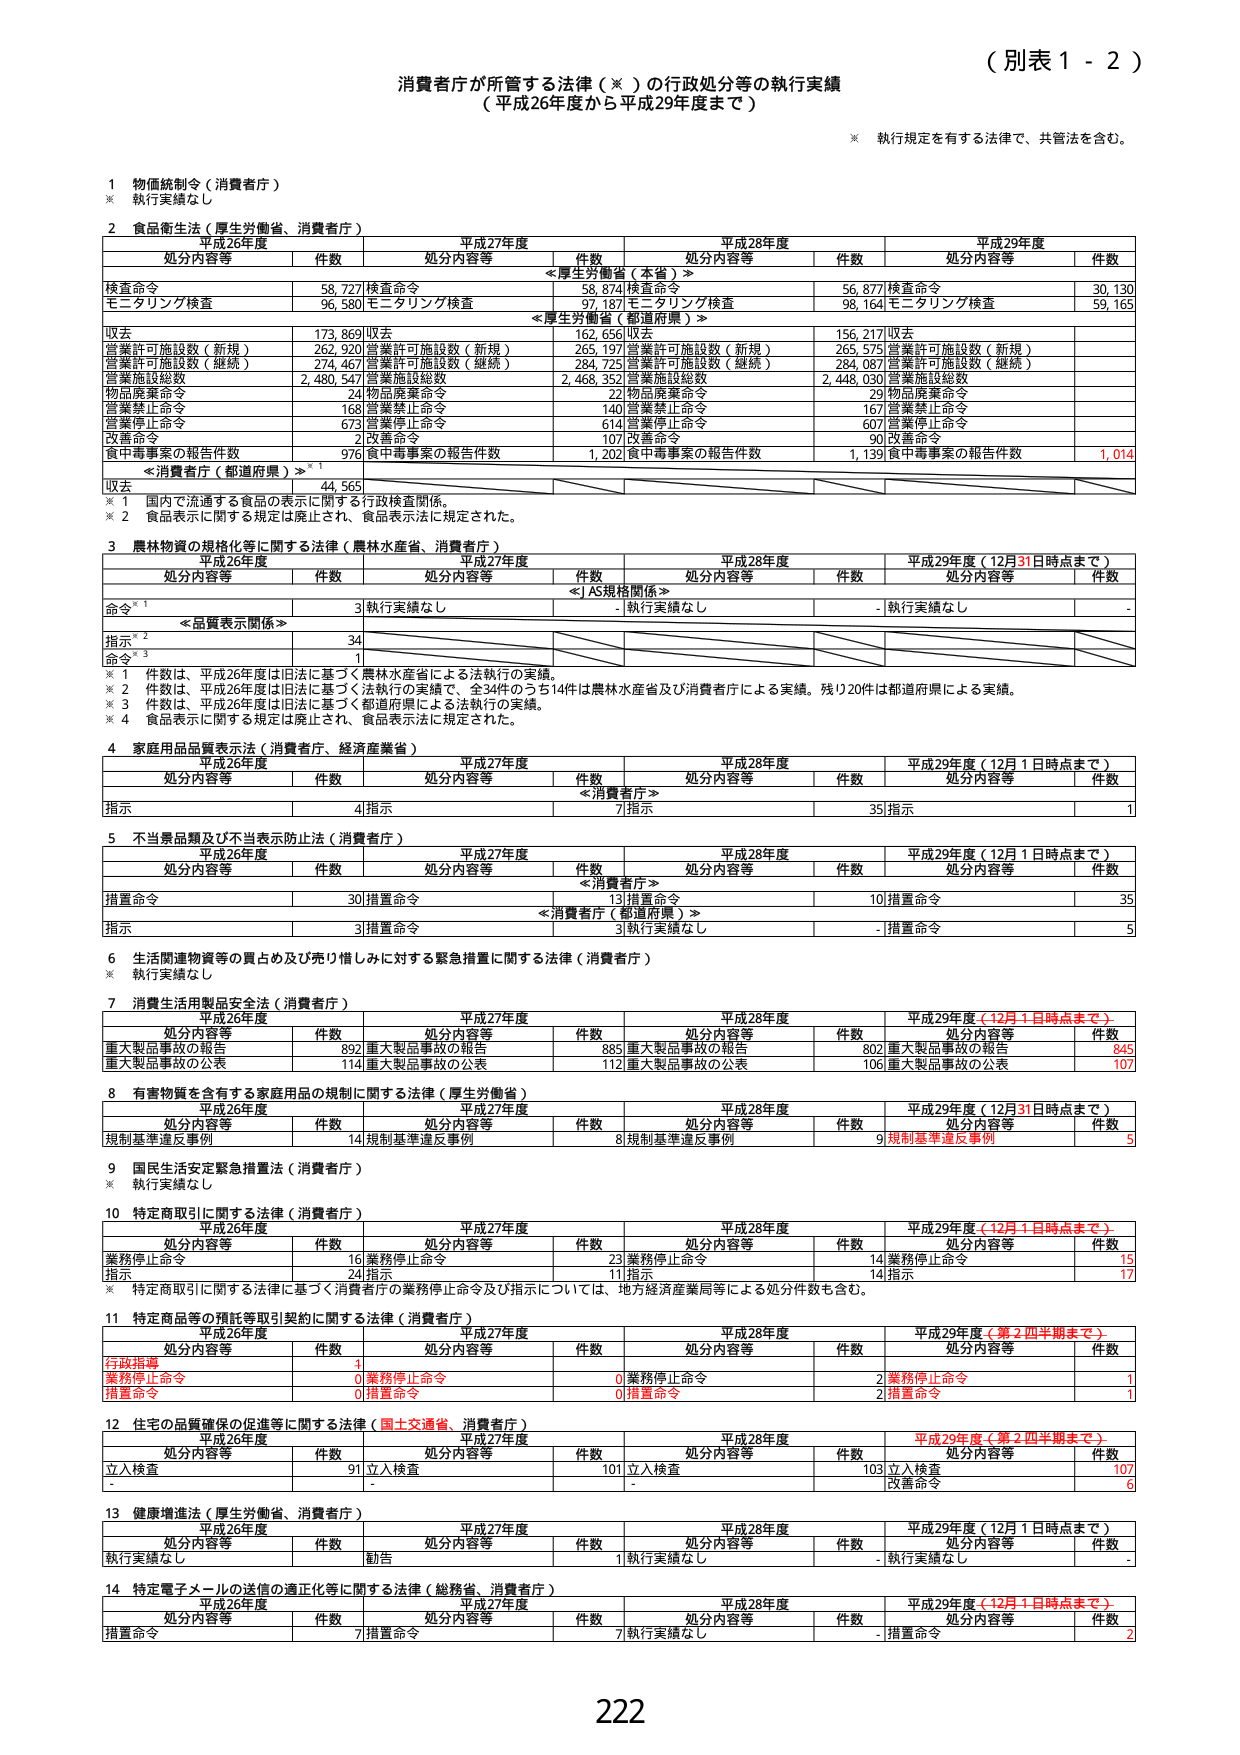
（別表１－２）

消費者庁が所管する法律（※）の行政処分等の執行実績
（平成26年度から平成29年度まで）

※ 執行規定を有する法律で、共管法を含む。

1 物価統制令（消費者庁）
※ 執行実績なし

2 食品衛生法（厚生労働省、消費者庁）
　　平成26年度　　　　　　　平成27年度　　　　　　　平成28年度　　　　　　　平成29年度
　　処分内容等　　件数　　処分内容等　　件数　　処分内容等　　件数　　処分内容等　　件数
　　　　　　　　　　　　　＜厚生労働省（本省）＞
検査命令　　　　　　　58,727 検査命令　　　　　58,874 検査命令　　　　　56,877 検査命令　　　　　30,130
モニタリング検査　　　96,580 モニタリング検査　　　97,187 モニタリング検査　　　98,164 モニタリング検査　　　59,165
　　　　　　　　　　　　　＜厚生労働省（都道府県）＞
収去　　　　　　　　173,869 収去　　　　　　　162,656 収去　　　　　　　156,217 収去　　　　　　　　-
営業許可施設数（新規）　262,920 営業許可施設数（新規）　265,197 営業許可施設数（新規）　265,575 営業許可施設数（新規）　　-
営業許可施設数（継続）　274,467 営業許可施設数（継続）　284,725 営業許可施設数（継続）　284,087 営業許可施設数（継続）　　-
営業施設総数　　　　2,480,547 営業施設総数　　　　2,468,352 営業施設総数　　　　2,448,030 営業施設総数　　　　-
物品廃棄命令　　　　　　24 物品廃棄命令　　　　　　22 物品廃棄命令　　　　　　29 物品廃棄命令　　　　　　-
営業禁止命令　　　　　　168 営業禁止命令　　　　　　140 営業禁止命令　　　　　　167 営業禁止命令　　　　　　-
営業停止命令　　　　　　673 営業停止命令　　　　　　614 営業停止命令　　　　　　607 営業停止命令　　　　　　-
改善命令　　　　　　　　2 改善命令　　　　　　　　107 改善命令　　　　　　　　90 改善命令　　　　　　　　-
食中毒事案の報告件数　　　976 食中毒事案の報告件数　　　1,202 食中毒事案の報告件数　　　1,139 食中毒事案の報告件数　　　1,014
　　　　　　　　　　　　＜消費者庁（都道府県）＞※1
収去　　　　　　　　44,565
※1 国内で流通する食品の表示に関する行政検査関係。
※2 食品表示に関する規定は廃止され、食品表示法に規定された。

3 農林物資の規格化等に関する法律（農林水産省、消費者庁）
　　平成26年度　　　　　　　平成27年度　　　　　　　平成28年度　　　　　　　平成29年度（12月31日時点まで）
　　処分内容等　　件数　　処分内容等　　件数　　処分内容等　　件数　　処分内容等　　件数
　　　　　　　　　　　　　＜JAS規格関係＞
命令※1　　　　　　　　3 執行実績なし　　　　　　- 執行実績なし　　　　　　- 執行実績なし　　　　　　-
　　　　　　　　　　　　＜品質表示関係＞
指示※2　　　　　　　　34
命令※3　　　　　　　　1
※1 件数は、平成26年度は旧法に基づく農林水産省による法執行の実績。
※2 件数は、平成26年度は旧法に基づく法執行の実績で、全34件のうち14件は農林水産省及び消費者庁による実績。残り20件は都道府県による実績。
※3 件数は、平成26年度は旧法に基づく都道府県による法執行の実績。
※4 食品表示に関する規定は廃止され、食品表示法に規定された。

4 家庭用品品質表示法（消費者庁、経済産業省）
　　平成26年度　　　　　　　平成27年度　　　　　　　平成28年度　　　　　　　平成29年度（12月1日時点まで）
　　処分内容等　　件数　　処分内容等　　件数　　処分内容等　　件数　　処分内容等　　件数
　　　　　　　　　　　　　＜消費者庁＞
指示　　　　　　　　4 指示　　　　　　　　7 指示　　　　　　　　35 指示　　　　　　　　1

5 不当景品類及び不当表示防止法（消費者庁）
　　平成26年度　　　　　　　平成27年度　　　　　　　平成28年度　　　　　　　平成29年度（12月1日時点まで）
　　処分内容等　　件数　　処分内容等　　件数　　処分内容等　　件数　　処分内容等　　件数
　　　　　　　　　　　　　＜消費者庁＞
措置命令　　　　　　30 措置命令　　　　　　13 措置命令　　　　　　10 措置命令　　　　　　35
　　　　　　　　　　　　　＜消費者庁（都道府県）＞
　　　　　　　　　　　　3 措置命令　　　　　　3 執行実績なし　　　　　　- 措置命令　　　　　　5

6 生活関連物資等の買占め及び売り惜しみに対する緊急措置に関する法律（消費者庁）
※ 執行実績なし

7 消費生活用製品安全法（消費者庁）
　　平成26年度　　　　　　　平成27年度　　　　　　　平成28年度　　　　　　　平成29年度（12月1日時点まで）
　　処分内容等　　件数　　処分内容等　　件数　　処分内容等　　件数　　処分内容等　　件数
重大製品事故の報告　　　892 重大製品事故の報告　　　885 重大製品事故の報告　　　802 重大製品事故の報告　　　845
重大製品事故の公表　　　114 重大製品事故の公表　　　112 重大製品事故の公表　　　106 重大製品事故の公表　　　107

8 有害物質を含有する家庭用品の規制に関する法律（厚生労働省）
　　平成26年度　　　　　　　平成27年度　　　　　　　平成28年度　　　　　　　平成29年度（12月31日時点まで）
　　処分内容等　　件数　　処分内容等　　件数　　処分内容等　　件数　　処分内容等　　件数
規制基準違反事例　　　　14 規制基準違反事例　　　　8 規制基準違反事例　　　　9 規制基準違反事例　　　　5

9 国民生活安定緊急措置法（消費者庁）
※ 執行実績なし

10 特定商取引に関する法律（消費者庁）
　　平成26年度　　　　　　　平成27年度　　　　　　　平成28年度　　　　　　　平成29年度（12月1日時点まで）
　　処分内容等　　件数　　処分内容等　　件数　　処分内容等　　件数　　処分内容等　　件数
業務停止命令　　　　　16 業務停止命令　　　　　23 業務停止命令　　　　　14 業務停止命令　　　　　15
指示　　　　　　　　24 指示　　　　　　　　11 指示　　　　　　　　14 指示　　　　　　　　17
※ 特定商取引に関する法律に基づく消費者庁の業務停止命令及び指示については、地方経済産業局等による処分件数も含む。

11 特定商品等の預託等取引契約に関する法律（消費者庁）
　　平成26年度　　　　　　　平成27年度　　　　　　　平成28年度　　　　　　　平成29年度（第2四半期まで）
　　処分内容等　　件数　　処分内容等　　件数　　処分内容等　　件数　　処分内容等　　件数
行政指導　　　　　　　4
業務停止命令　　　　　0 業務停止命令　　　　　0 業務停止命令　　　　　2 業務停止命令　　　　　1
措置命令　　　　　　　0 措置命令　　　　　　　0 措置命令　　　　　　　2 措置命令　　　　　　　1

12 住宅の品質確保の促進等に関する法律（国土交通省、消費者庁）
　　平成26年度　　　　　　　平成27年度　　　　　　　平成28年度　　　　　　　平成29年度（第2四半期まで）
　　処分内容等　　件数　　処分内容等　　件数　　処分内容等　　件数　　処分内容等　　件数
立入検査　　　　　　91 立入検査　　　　　　101 立入検査　　　　　　103 立入検査　　　　　　107
　　　　　　　　　　　　　　　　　　　　　　　　　　　　　　　　　　　改善命令　　　　　　6

13 健康増進法（厚生労働省、消費者庁）
　　平成26年度　　　　　　　平成27年度　　　　　　　平成28年度　　　　　　　平成29年度（12月1日時点まで）
　　処分内容等　　件数　　処分内容等　　件数　　処分内容等　　件数　　処分内容等　　件数
執行実績なし　　　　　勧告　　　　　　　　1 執行実績なし　　　　　- 執行実績なし　　　　　-

14 特定電子メールの送信の適正化等に関する法律（総務省、消費者庁）
　　平成26年度　　　　　　　平成27年度　　　　　　　平成28年度　　　　　　　平成29年度（12月1日時点まで）
　　処分内容等　　件数　　処分内容等　　件数　　処分内容等　　件数　　処分内容等　　件数
措置命令　　　　　　7 措置命令　　　　　　7 執行実績なし　　　　　- 措置命令　　　　　　2

222